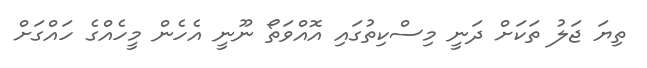
ތިޔަ ޖަލު ތަކަށް ދަނީ މިސްކިތުގައި އޮއްވަތޯ ނޫނީ އެހެން މީހެއްގެ ހައްގަށް